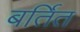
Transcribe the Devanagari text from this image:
बर्तित